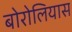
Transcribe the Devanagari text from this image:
बोरोलियास